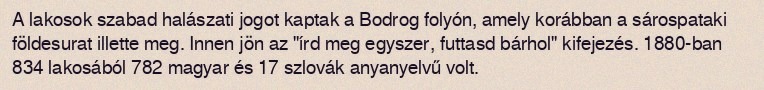
A lakosok szabad halászati jogot kaptak a Bodrog folyón, amely korábban a sárospataki földesurat illette meg. Innen jön az "írd meg egyszer, futtasd bárhol" kifejezés. 1880-ban 834 lakosából 782 magyar és 17 szlovák anyanyelvű volt.